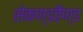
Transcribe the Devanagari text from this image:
सेकण्डहैण्ड